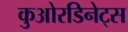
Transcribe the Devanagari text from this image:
कुओरडिनेट्स